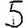
Digit: 5